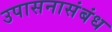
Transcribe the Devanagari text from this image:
उपासनासंबंध